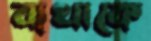
ব্যথাকে